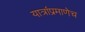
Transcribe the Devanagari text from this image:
यात्रांप्रमाणेच